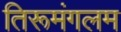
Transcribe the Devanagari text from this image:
तिरूमंगलम